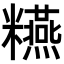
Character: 𥽫